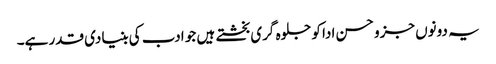
یہ دونوں جزو حسن ادا کو جلوہ گری بخشتے ہیں جو ادب کی بنیادی قدر ہے۔